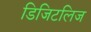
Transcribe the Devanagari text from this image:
डिजिटलिज